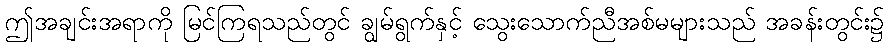
ဤအချင်းအရာကို မြင်ကြရသည်တွင် ချွမ်ရွက်နှင့် သွေးသောက်ညီအစ်မများသည် အခန်းတွင်း၌